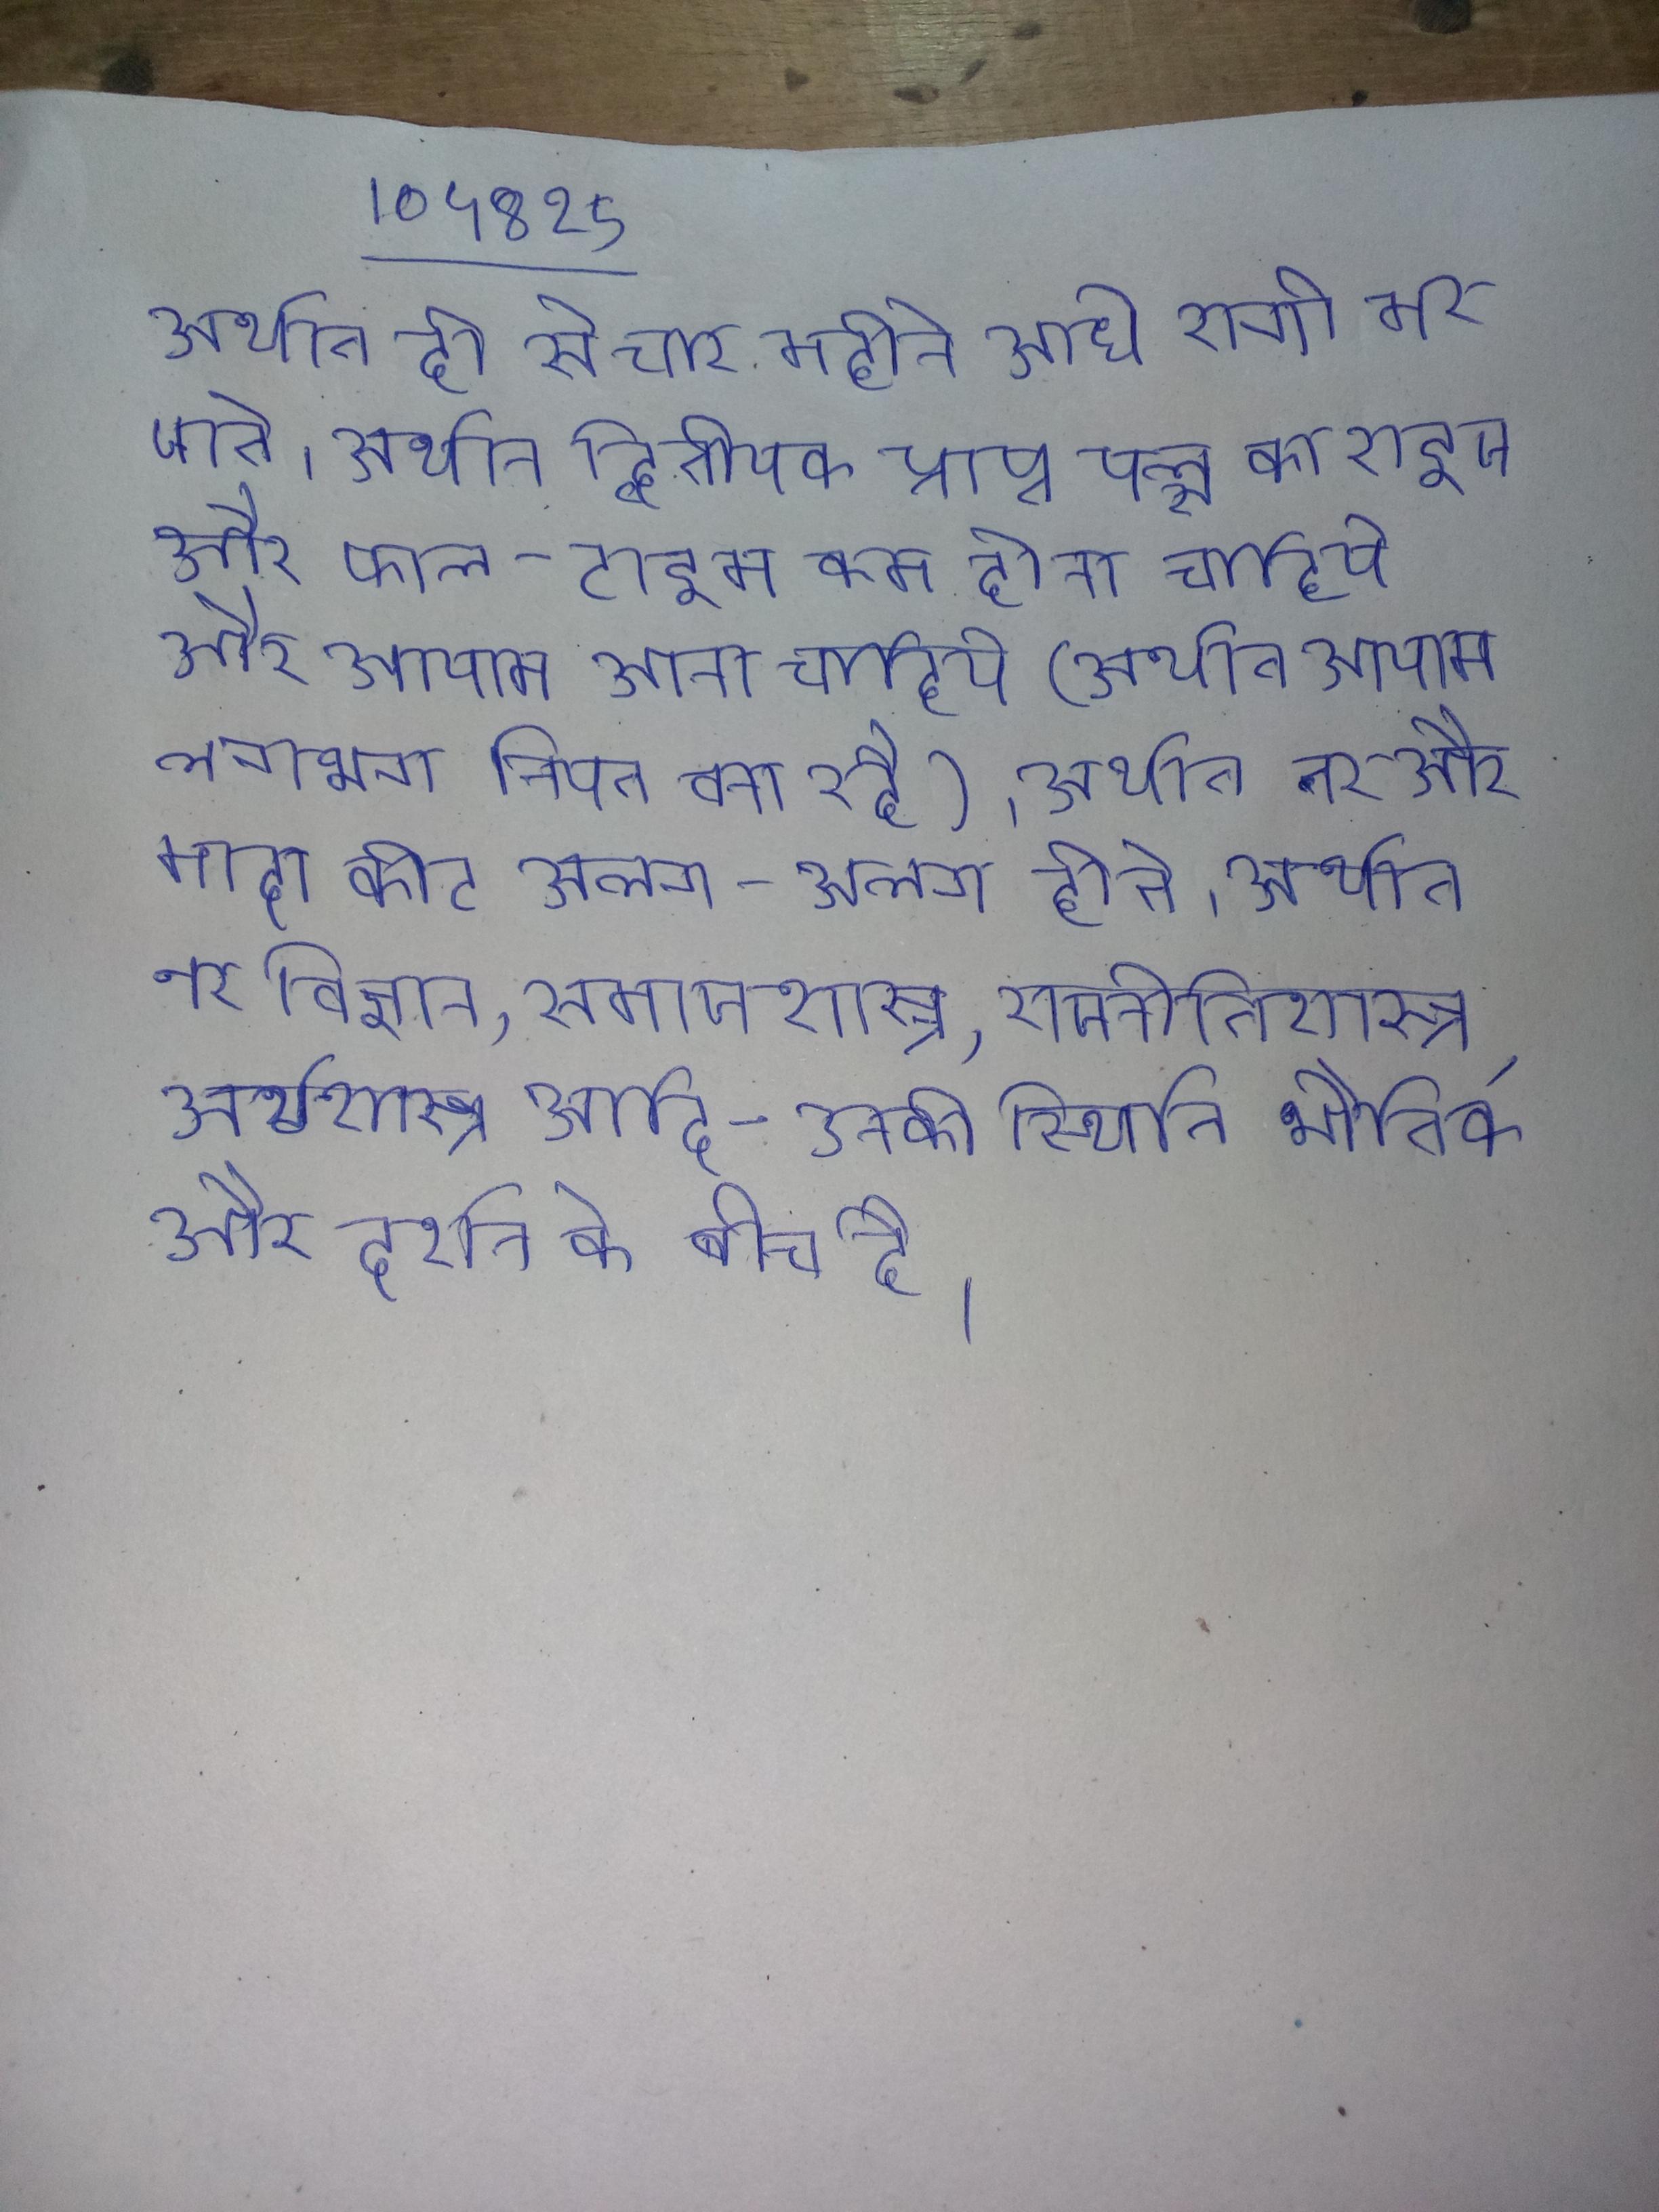
अर्थात दो से चार महीने आधे रोगी मर जाते । अर्थात द्वितीयक प्राप्त पल्स का राइज और फाल-टाइम कम होना चाहिये और आयाम आना चाहिये (अर्थात आयाम लगभग नियत बना रहे) । अर्थात नर और मादा कीट अलग-अलग होते । अर्थात नर विज्ञान, समाजशास्त्र, राजनीतिशास्त्र, अर्थशास्त्र आदि-उनकी स्थिति भौतिक और दर्शन के बीच है ।